Statistical return of the lunatic asylum in Assam - 1912-1932
Year: 1912
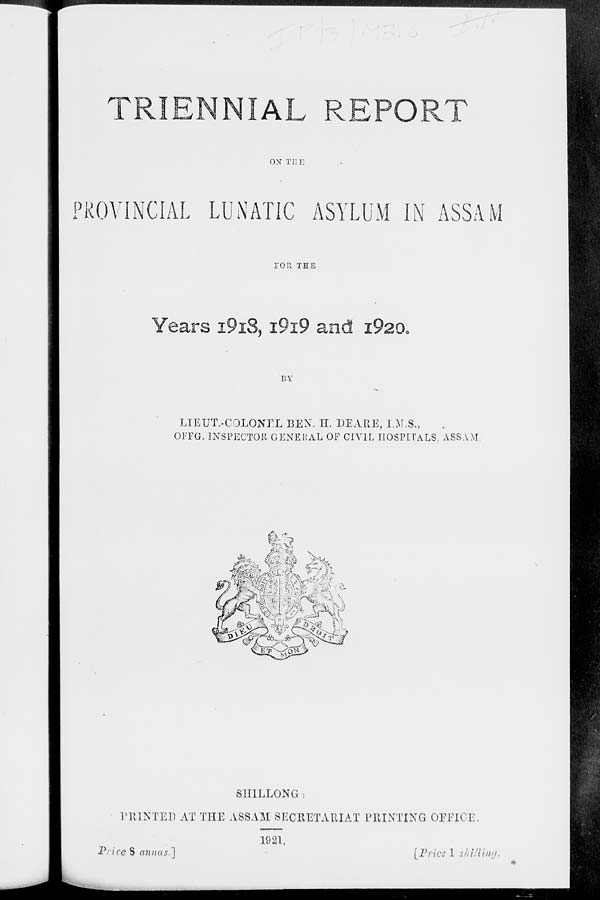
TRIENNIAL REPORT
ON THE
PROVINCIAL LUNATIC ASYLUM IN ASSAM
TOR THE
Years I9IS, I9I9 and i920<
BY
LIEUT.-COLONEL BEN. H. DEARE, I.M.S.,
OITG. INSPECTOR GENERAL OF CIVIL HOSPITALS, ASSAM.
SIIILLONG :
PRINTED AT THE ASSAM SECRETARIAT PRINTING OFFICE
Price S annas."]
1921.
I Price 1 shilling,